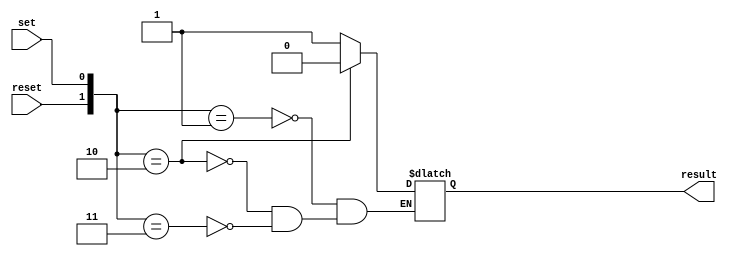
module SR_Latch1 (
    reset, set,
    result
);

input       reset, set;
output reg  result;

always @(reset, set) begin
    casex({reset, set})
        2'b01: result=1'b1;
        2'b10: result=1'b0;
        2'b11: result=1'bx;
        //2'b00: result=result; // Possible? or Omit => It is invalid~
        // we didn't define the output when the "(reset, set)" equals to 2'b00, then the logic will be have a latch
    endcase
end
    
endmodule